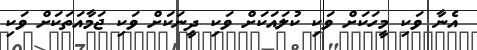
އެނާ ވަކި މީހަކަށް ވަކި ކުލައަކަށް ވަކި ދީނަކަށް ވަކި ޖަމާއަތަކަށް ވަކި